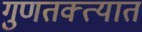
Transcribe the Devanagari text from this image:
गुणतक्त्यात